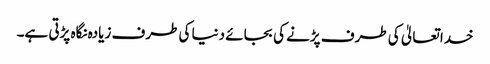
خدا تعالیٰ کی طرف پڑنے کی بجائے دنیا کی طرف زیادہ نگاہ پڑتی ہے۔